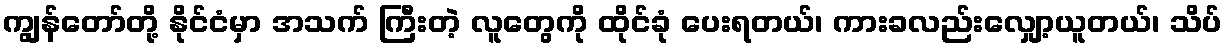
ကျွန်တော်တို့ နိုင်ငံမှာ အသက် ကြီးတဲ့ လူတွေကို ထိုင်ခုံ ပေးရတယ်၊ ကားခလည်းလျှော့ယူတယ်၊ သိပ်